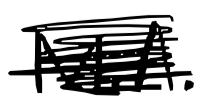
Text: M.A.
Cross-out: scratch
Writing tool: digital_black